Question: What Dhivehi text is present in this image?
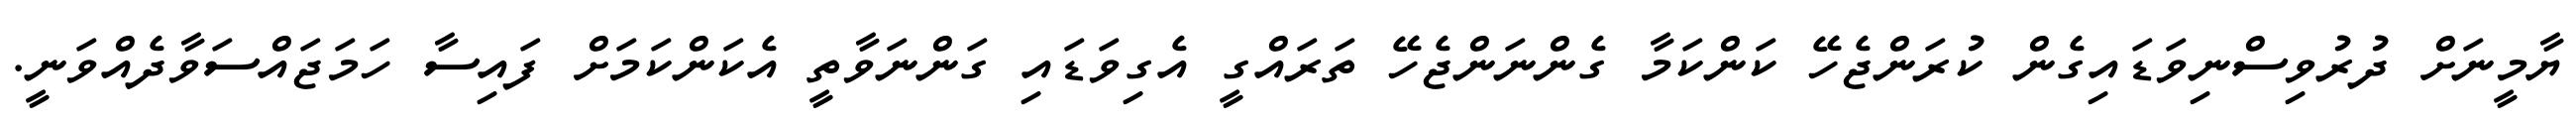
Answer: ޔާމީނަށް ދުރުވިސްނިވަޑައިގެން ކުރަންޖެހޭ ކަންކަމާ ގެންނަންޖެހޭ ތަރައްގީ އެގިވަޑައި ގަންނަވާތީ އެކަންކަމަށް ފައިސާ ހަމަޖައްސަވާދެއްވަނީ.